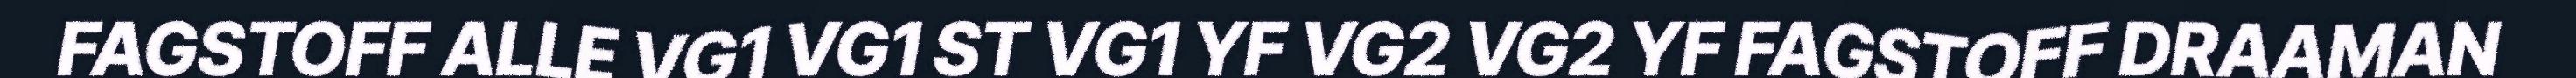
FAGSTOFF ALLE VG1 VG1 ST VG1 YF VG2 VG2 YF FAGSTOFF DRAAMAN